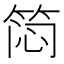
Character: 𬕊